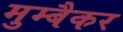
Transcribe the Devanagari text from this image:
मुम्बैकर